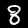
Digit: 8